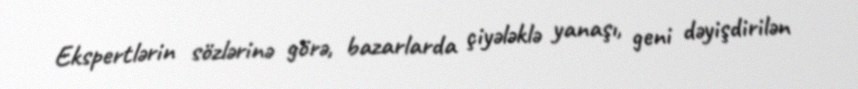
Ekspertlərin sözlərinə görə, bazarlarda çiyələklə yanaşı, geni dəyişdirilən